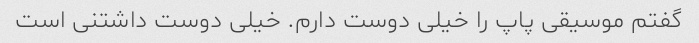
گفتم موسیقی پاپ را خیلی دوست دارم. خیلی دوست داشتنی است